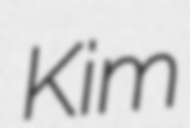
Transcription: Kim